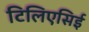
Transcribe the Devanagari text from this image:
टिलिएसिई